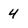
Character: 4